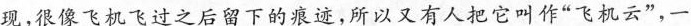
现，很像飞机飞过之后留下的痕迹，所以又有人把它叫作”飞机云”，一